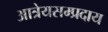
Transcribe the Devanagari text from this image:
आत्रेयसम्प्रदाय